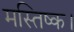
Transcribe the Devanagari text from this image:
मस्तिष्क।